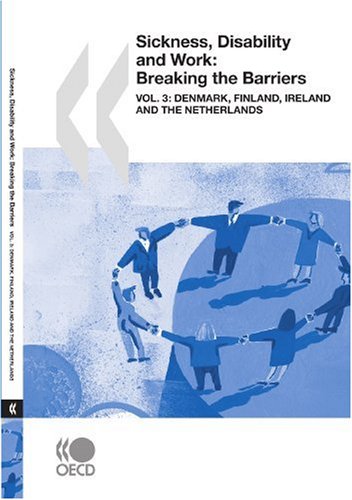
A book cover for Sickness, Disability and Work: Breaking the Barriers (Vol. 3):  Denmark, Finland, Ireland and the Netherlands; OECD Organisation for Economic Co-operation and Develop; Law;